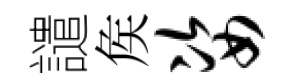
譴矦姿